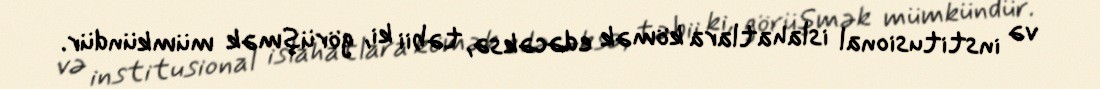
və institusional islahatlara kömək edəcəksə, təbii ki, görüşmək mümkündür.